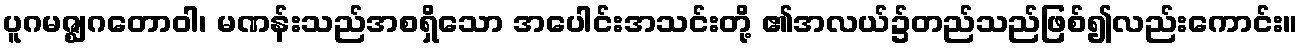
ပူဂမဇ္ဈဂတောဝါ၊ မဏန်းသည်အစရှိသော အပေါင်းအသင်းတို့ ၏အလယ်၌တည်သည်ဖြစ်၍လည်းကောင်း။